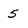
Character: 5